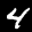
Label: 4